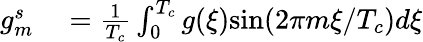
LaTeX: \begin{array}{rl}{g_{m}^{s}}&{{}=\frac{1}{T_{c}}\int_{0}^{T_{c}}g(\xi)\mathrm{sin}(2\pi m\xi/T_{c})d\xi}\end{array}